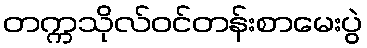
တက္ကသိုလ်ဝင်တန်းစာမေးပွဲ